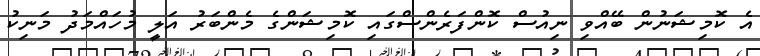
އެ ކޮމިޝަނުން ބޭއްވި ނިއުސް ކޮންފަރެންސްގައި ކޮމިޝަންގެ މެންބަރު އަލީ މުހައްމަދު މަނިކު